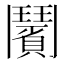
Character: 𩰗